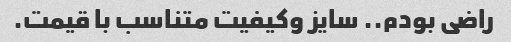
راضی بودم.. سایز وکیفیت متناسب با قیمت.